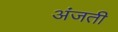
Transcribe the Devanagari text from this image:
अंजती